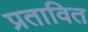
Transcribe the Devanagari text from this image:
प्रतावित